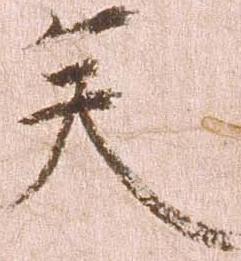
矣